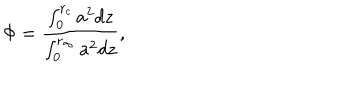
\Phi = \frac { \int _ { 0 } ^ { r _ { c } } a ^ { 2 } d z } { \int _ { 0 } ^ { r _ { \infty } } a ^ { 2 } d z } ,